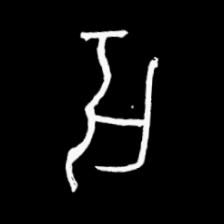
Pyu character \u2014 Myanmar letter: အ (romanized: a)